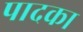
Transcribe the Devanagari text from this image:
पादका